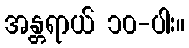
အန္တရာယ် ၁၀-ပါး။